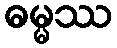
ဓမ္မဿ